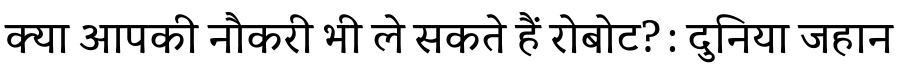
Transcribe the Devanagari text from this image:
क्या आपकी नौकरी भी ले सकते हैं रोबोट? : दुनिया जहान